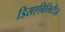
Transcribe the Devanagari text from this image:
डिसएबिलिटीज़